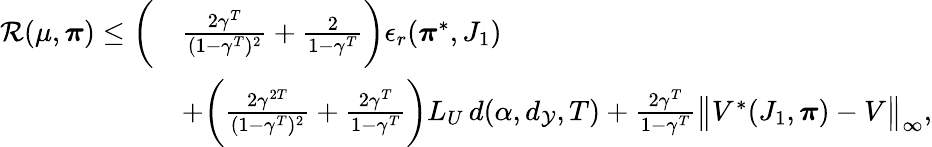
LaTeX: \begin{array}{rl}{\mathcal R(\mu,\boldsymbol{\pi})\leq\biggl(}&{\frac{2\gamma^{T}}{(1-\gamma^{T})^{2}}+\frac{2}{1-\gamma^{T}}\biggr)\epsilon_{r}(\boldsymbol{\pi}^{*},J_{1})}\\ &{+\biggl(\frac{2\gamma^{2T}}{(1-\gamma^{T})^{2}}+\frac{2\gamma^{T}}{1-\gamma^{T}}\biggr)L_{U}\, d(\alpha,d_{\mathcal{Y}},T)+\frac{2\gamma^{T}}{1-\gamma^{T}}\bigl\| V^{*}(J_{1},\boldsymbol{\pi})-V\bigr\| _{\infty},}\end{array}